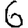
Digit: 6